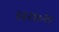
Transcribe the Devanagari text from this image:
२३२१०२७